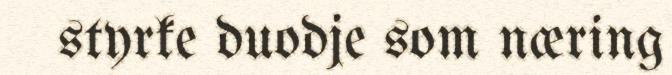
styrke duodje som næring